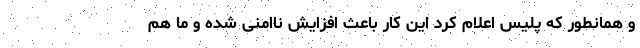
و همانطور که پلیس اعلام کرد این کار باعث افزایش ناامنی شده و ما هم